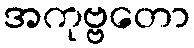
အကုဗ္ဗတော